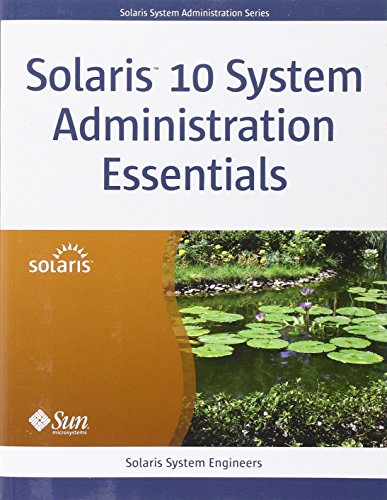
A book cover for Solaris 10 System Administration Essentials; Solaris System Engineers; Computers & Technology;